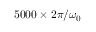
5 0 0 0 \times 2 \pi / \omega _ { 0 }